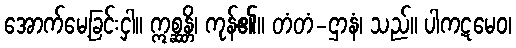
အောက်မေ့ခြင်းငှါ။ ဣစ္ဆန္တိ၊ ကုန်၏။ တံတံ-ဌာနံ၊ သည်။ ပါကဋမေဝ၊